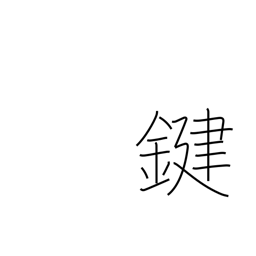
Meaning: key